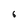
Character: 6